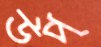
উপ্